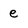
Character: e